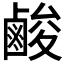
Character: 𮭬